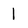
Character: l